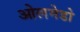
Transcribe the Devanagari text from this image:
ओलमेडो